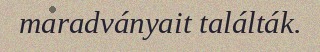
maradványait találták.